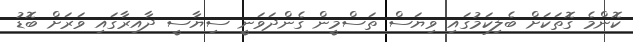
ކޮންމެ ގޮތަކަށް ބެލިކަމުގައި ވިޔަސް ތަސްމީން ގެންދަވަނީ ސިޔާސީ ދާއިރާގައި ވަރަށް ބޮޑު